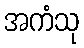
အကံသု